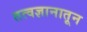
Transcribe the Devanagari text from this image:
तत्वज्ञानातून